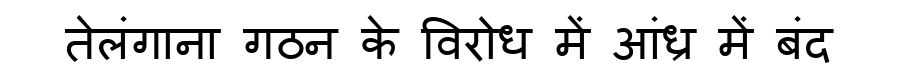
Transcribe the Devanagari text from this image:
तेलंगाना गठन के विरोध में आंध्र में बंद